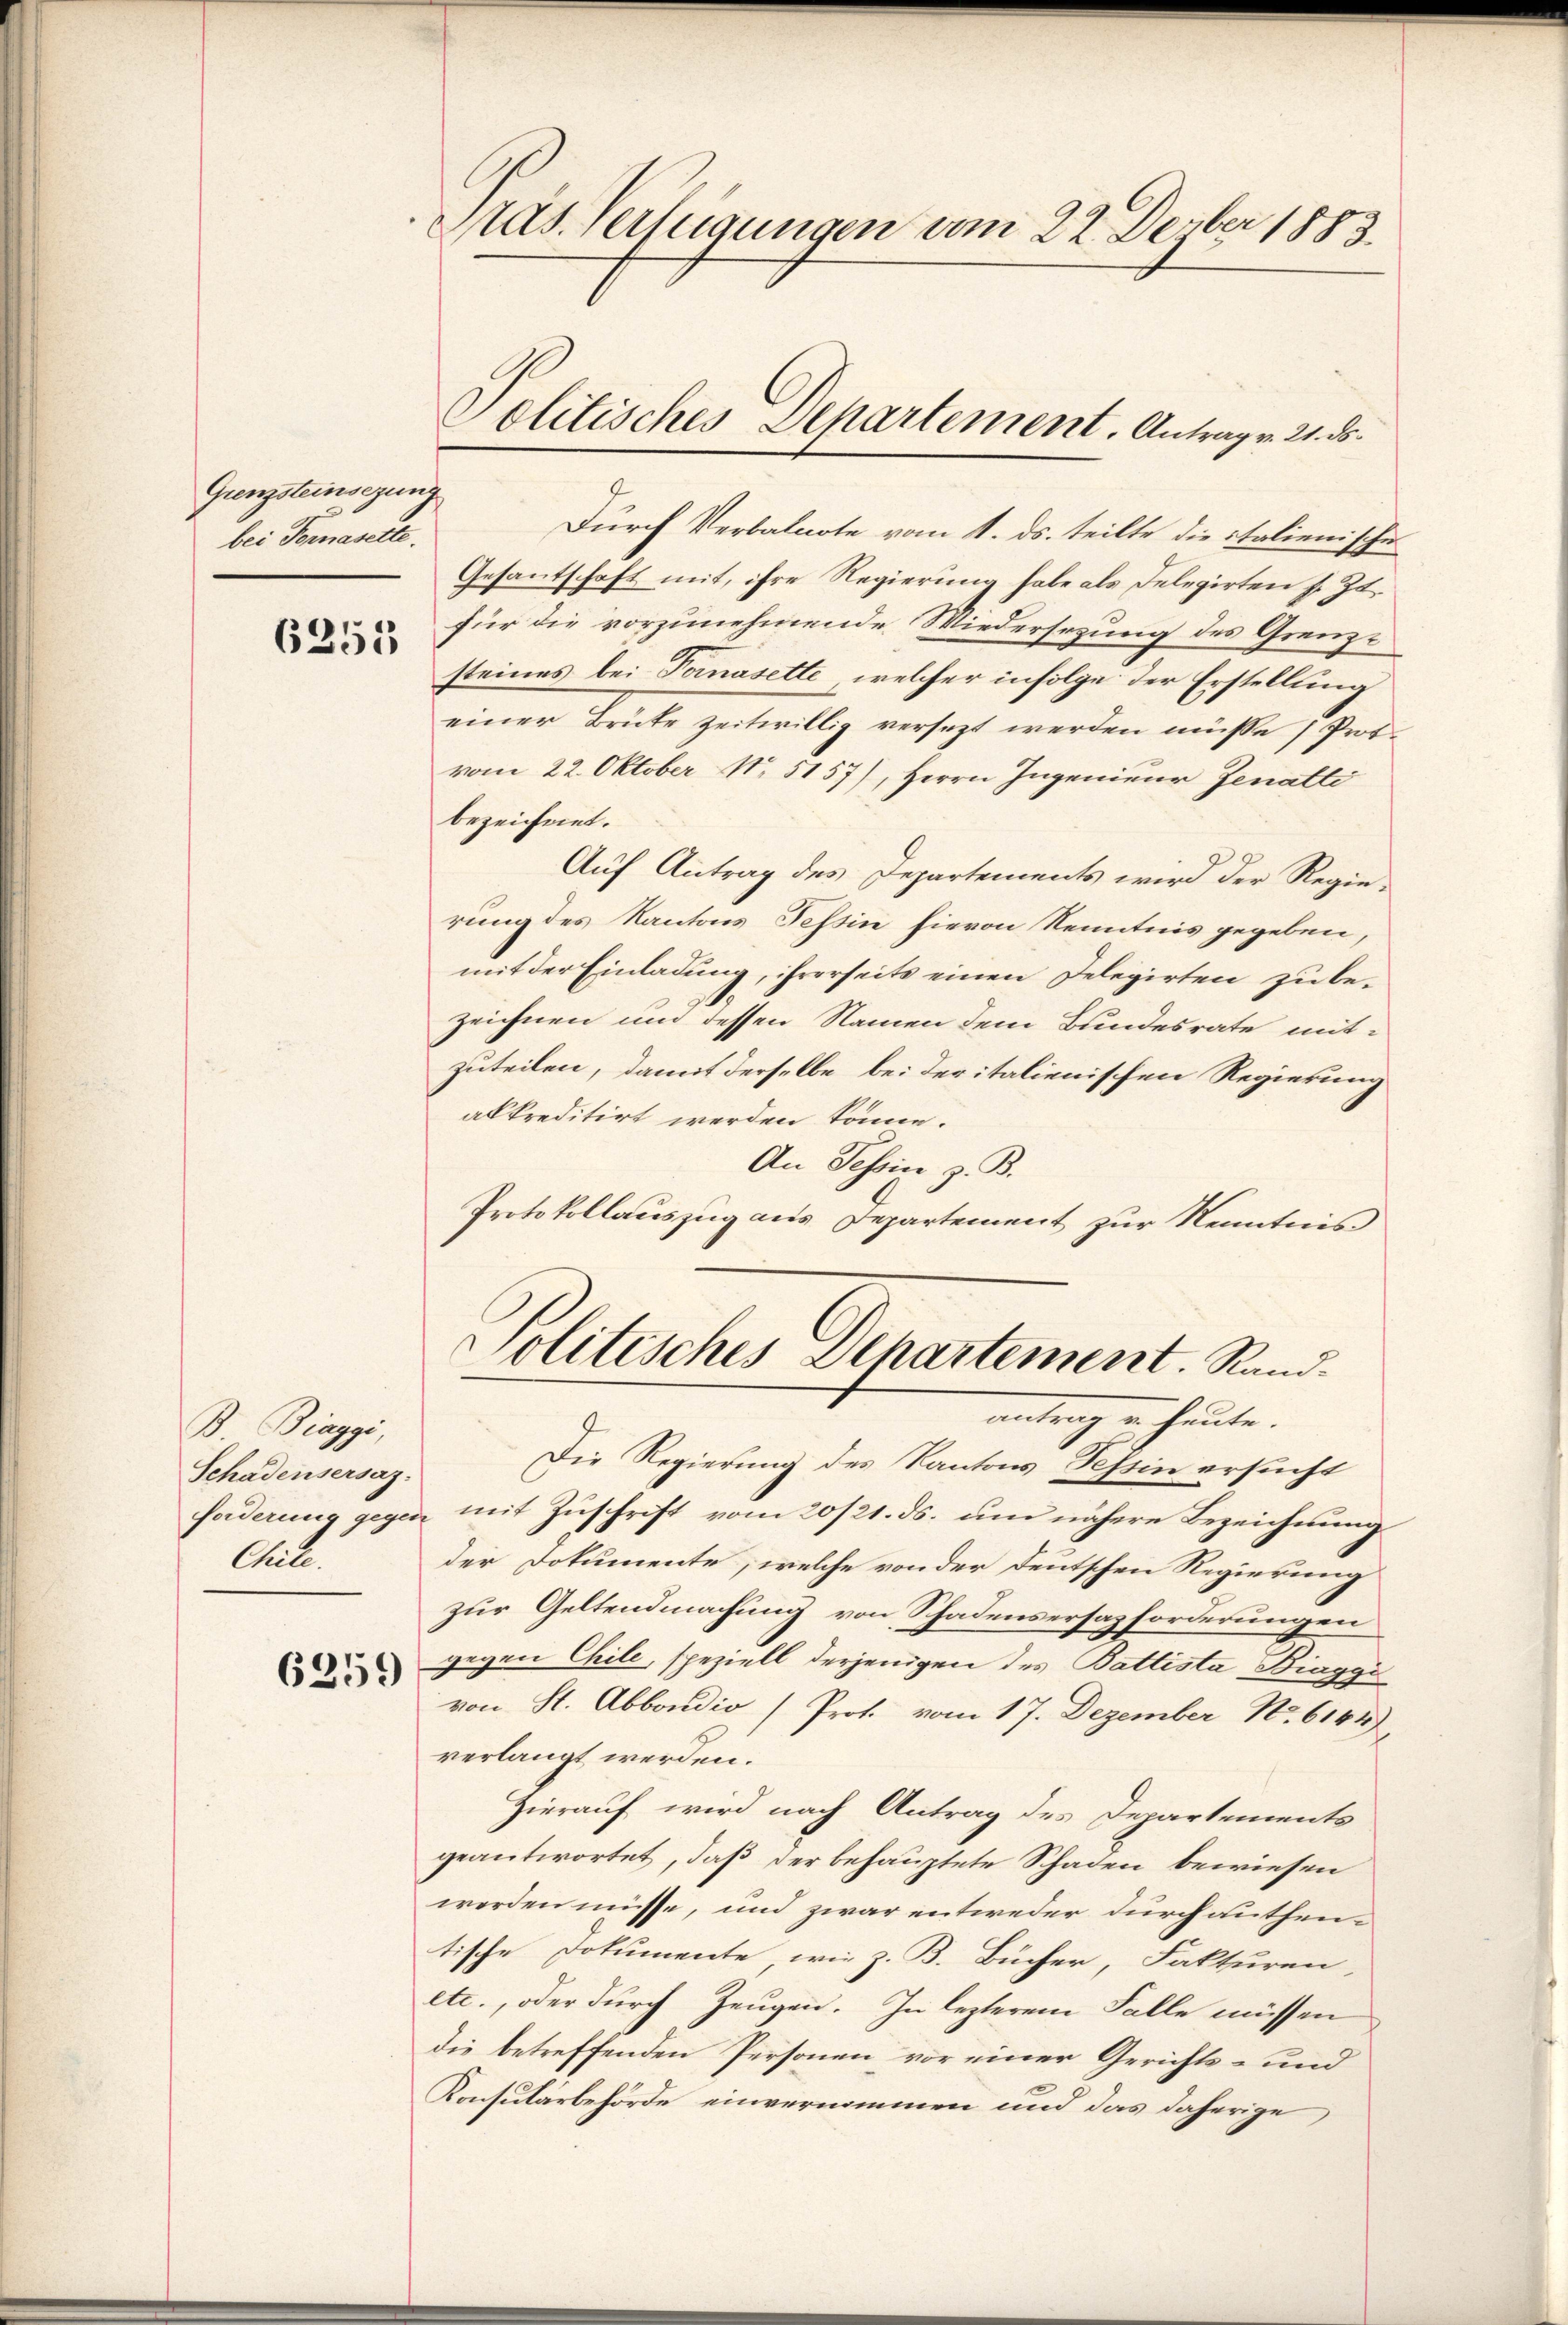
Grenzsteinsezung
bei Fornaselte.

6255

B Biaggi,
Schadensersaz.
Aull.

6259

Pras. Verfügungen vom 22. Dezber 1883.
Politisches Departement. Antrag v. 21. ds.

Durch Verbalnote vom 1. ds. teilte die italienischen
Gesantschaft mit, ihre Regierung habe als Delegirten sr. Zt.
für die vorzunehmende Wiedersezung des Grenze
steines bei Tomasette, welcher infolge der Erstellung
einer Brüte zeitwillig versezt werden müsse (Protvom 22. Oktober No 5157), Herrn Ingenieur Jenatte
bezeichnet.
Auf Antrag des Departements wird der Regierung des Kantons Tessin hievon Kenntnis gegeben,
mit der Einladung, ihrerseits einen Delegirten zu bezeichnen und dessen Namen dem Bundesrate mit-
zuteilen, damit derselbe bei depitalienischen Regierung
alkreditirt werden könne.
An Tessin z. B.
Protokollauszug aus Departement zur Kenntnis

Politisches Dehartement. Rand.

antrag in heute.
Die Regierung des Kantons Tessin ersucht
forderung gegen mit Zuschrift vom 20/21. ds. um nähere Bezeichnung
der Dokumente, welche von der Deutschen Regierung
zur Geltendmachung von Schadensersazforderungen
gegen Chile, speziell derjenigen des Battista Biaggi
von St. Abbondio (Prot. vom 17. Dezember No. 6144),
verlangt werden.
Hierauf wird nach Antrag des Departements
geantwortet, daß der behauptete Schaden bewiesen
werden müsse, und zwar entweder durch authentische Dokumente, wie z. B. Bücher, Fakturen,
etc., oder durch Zeugen. In lezterem Falle müssen
die betreffenden Personen vor einer Gerichts- und
Konsularbehörde einvernommen und das daherige,